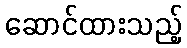
ဆောင်ထားသည့်